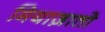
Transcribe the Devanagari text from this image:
मियाज़ातो